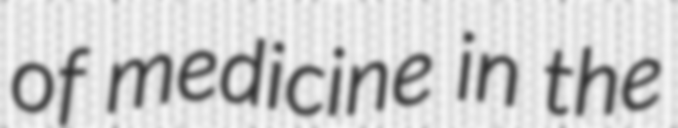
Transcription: of medicine in the